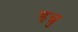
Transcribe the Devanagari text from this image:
इन्नु